Lunatic asylums in Bengal annual reports 1912-1924 - 1912-1924
Year: 1912
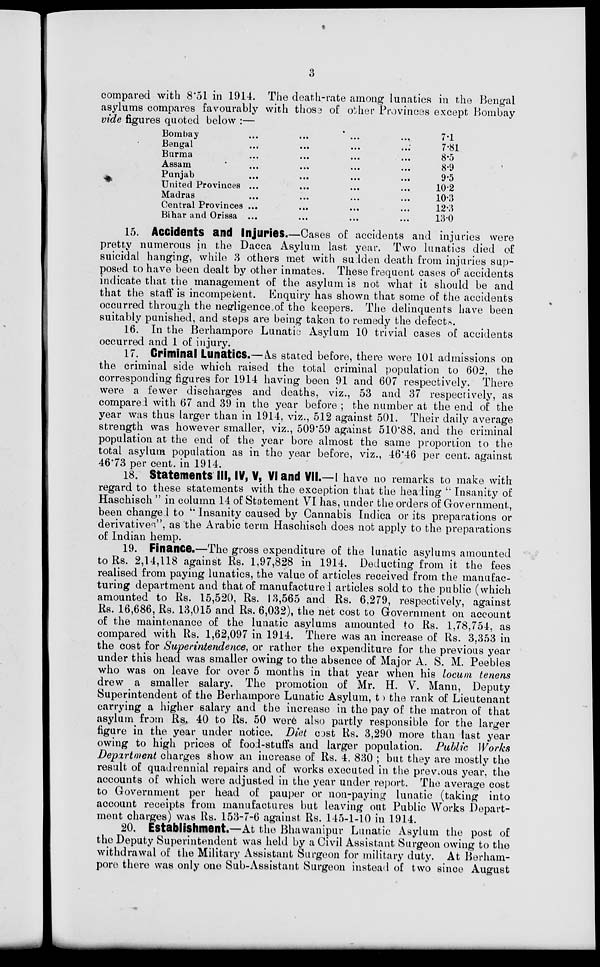
3
compared with 8.51 in 1914. The death-rate among lunatics in the Bengal
asylums compares favourably with those of other Provinces except Bombay
vide figures quoted below :—
Bombay ... ... ... ...
Bengal ... ... ... ...
Burma ... ... ... ...
Assam ... ... ... ...
Punjab ... ... ... ...
United Provinces ... ... ... ...
Madras ... ... ... ...
Central Provinces ... ... ... ...
Bihar and Orissa ... ... ... ...
7.1
7.81
8.5
8.9
9.5
10.2
10.3
12.3
13.0
15. Accidents and Injuries.—Cases of accidents and injuries were
pretty numerous in the Dacca Asylum last year. Two lunatics died of
suicidal hanging, while 3 others met with sudden death from injuries sup-
posed to have been dealt by other inmates. These frequent cases of accidents
indicate that the management of the asylum is not what it should be and
that the staff is incompetent. Enquiry has shown that some of the accidents
occurred through the negligence of the keepers. The delinquents have been
suitably punished, and steps are being taken to remedy the defects.
16. In the Berhampore Lunatic Asylum 10 trivial cases of accidents
occurred and 1 of injury.
17. Criminal Lunatics.— As stated before, there were 101 admissions on
the criminal side which raised the total criminal population to 602, the
corresponding figures for 1914 having been 91 and 607 respectively. There
were a fewer discharges and deaths, viz., 53 and 37 respectively, as
compared with 67 and 39 in the year before ; the number at the end of the
year was thus larger than in 1914, viz., 512 against 501. Their daily average
strength was however smaller, viz., 509.59 against 510.88, and the criminal
population at the end of the year bore almost the same proportion to the
total asylum population as in the year before, viz., 46.46 per cent. against
46.73 per cent. in 1914.
18. Statements III, IV, V, VI and VII.—I have no remarks to make with
regard to these statements with the exception that the heading " Insanity of
Haschisch " in column 14 of Statement VI has, under the orders of Government,
been changed to " Insanity caused by Cannabis Indica or its preparations or
derivatives", as the Arabic term Haschisch does not apply to the preparations
of Indian hemp.
19. Finance.—The gross expenditure of the lunatic asylums amounted
to Rs. 2,14,118 against Rs. 1,97,828 in 1914. Deducting from it the fees
realised from paying lunatics, the value of articles received from the manufac-
turing department and that of manufactured articles sold to the public (which
amounted to Rs. 15,520, Rs. 13,565 and Rs. 6,279, respectively, against
Rs. 16,686, Rs. 13,015 and Rs. 6,032), the net cost to Government on account
of the maintenance of the lunatic asylums amounted to Rs. 1,78,754, as
compared with Rs. 1,62,097 in 1914. There was an increase of Rs. 3,353 in
the cost for Superintendence, or rather the expenditure for the previous year
under this head was smaller owing to the absence of Major A. S. M. Peebles
who was on leave for over 5 months in that year when his locum tenens
drew a smaller salary. The promotion of Mr. H. V. Mann, Deputy
Superintendent of the Berhampore Lunatic Asylum, to the rank of Lieutenant
carrying a higher salary and the increase in the pay of the matron of that
asylum from Rs. 40 to Rs. 50 were also partly responsible for the larger
figure in the year under notice. Diet cost Rs. 3,290 more than last year
owing to high prices of food-stuffs and larger population. Public
Works
Department charges show an increase of Rs. 4, 830 ; but they are mostly the
result of quadrennial repairs and of works executed in the previous year, the
accounts of which were adjusted in the year under report. The average cost
to Government per head of pauper or non-paying lunatic (taking into
account receipts from manufactures but leaving out Public Works Depart-
ment charges) was Rs. 153-7-6 against Rs. 145-1-10 in 1914.
20. Establishment.—At the Bhawanipur Lunatic Asylum the post of
the Deputy Superintendent was held by a Civil Assistant Surgeon owing to the
withdrawal of the Military Assistant Surgeon for military duty. At Berham-
pore there was only one Sub-Assistant Surgeon instead of two since August